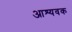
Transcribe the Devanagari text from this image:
आश्यवक